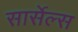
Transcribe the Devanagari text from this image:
सार्सेल्स